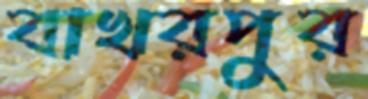
বাখরপুর